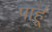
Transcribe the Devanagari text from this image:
पाहू्ं